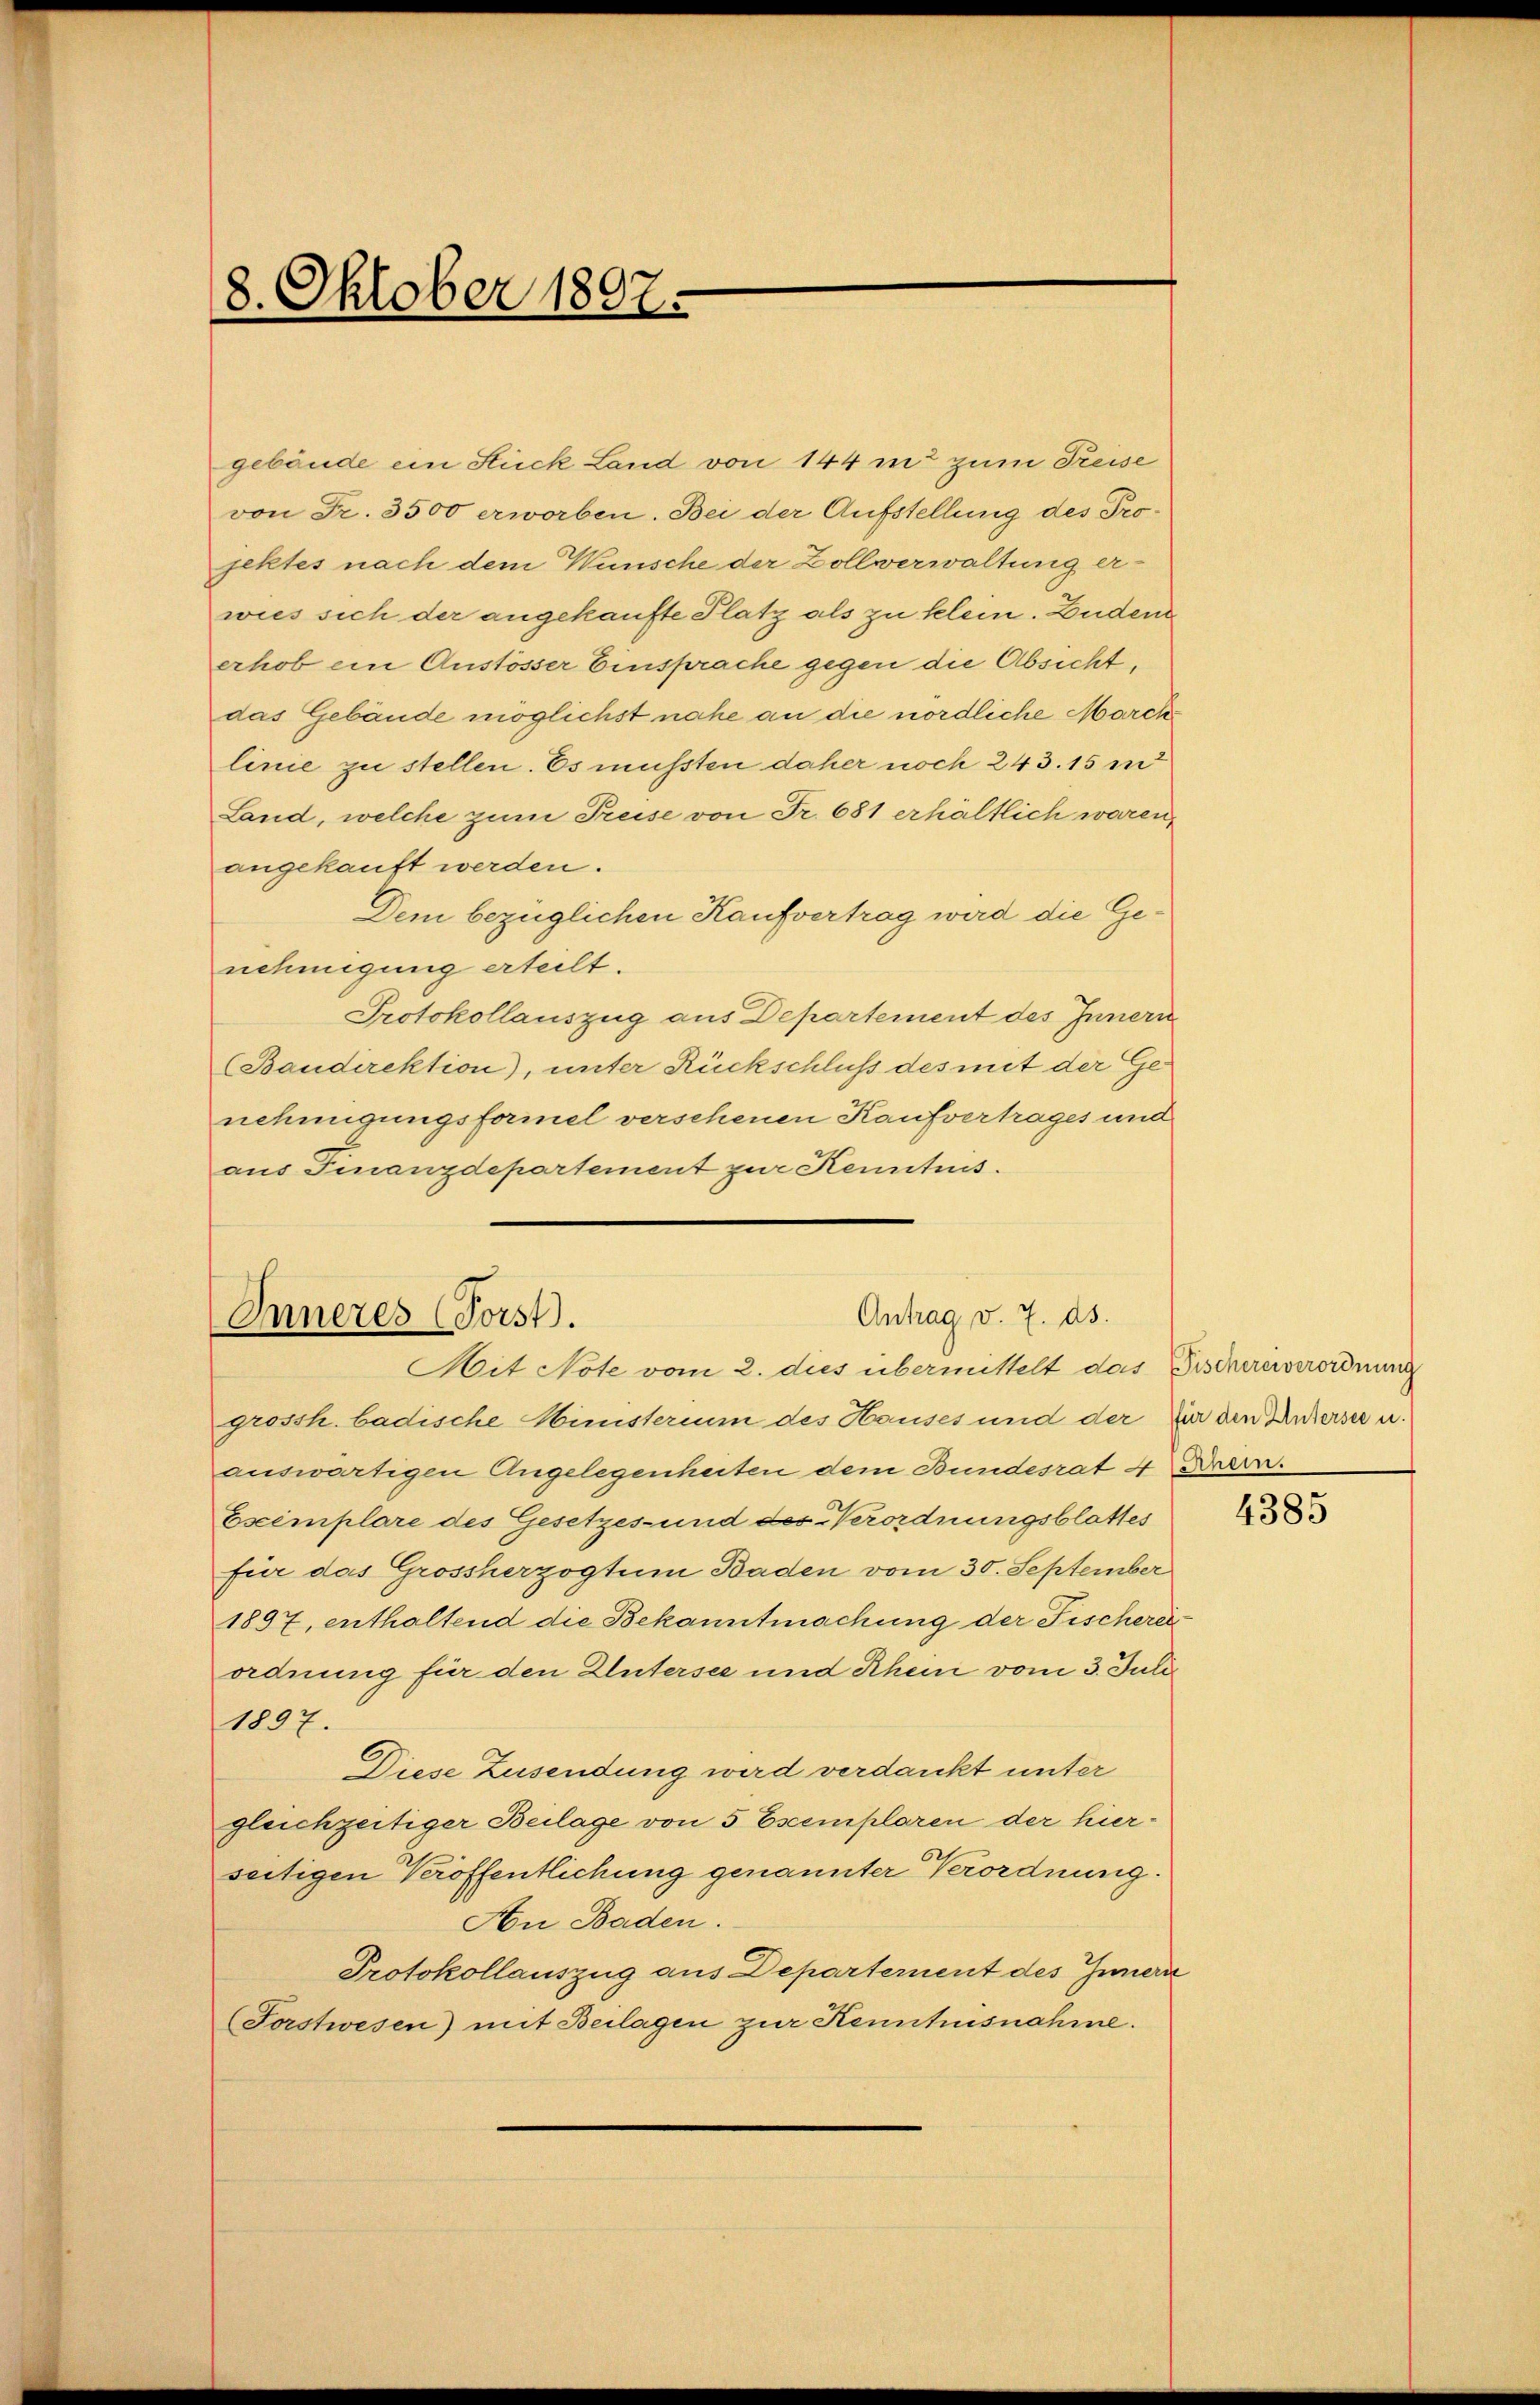
8. Oktober 1807.

gebäude ein Stück Land von 144 in zum Preise
von Fr. 3500 erworben. Bei der Aufstellung des Projektes nach dem Wunsche der Zollverwaltung er-
wies sich der angekaufte Platz als zu klein. Zuden
erhob ein Anstösser Einsprache gegen die Absicht,
das Gebäude möglichst nahe an die nördliche Marchlinie zu stellen. Es mussten daher noch 243. 15 m
Land, welche zum Preise von Fr. 681 erhältlich waren,
angekauft werden.
Dem bezüglichen Kaufvertrag wird die Genehmigung erteilt.
Protokollauszug aus Departement des Innern
(Baudirektion), unter Rückschluss des mit der Genehmigungsformel versehenen Kaufvertrages und
aus Finanzdepartement zur Kenntnis.

Antrag v. 7. ds.
Inneres (Forst.
Mit Note vom 2. dies übermittelt das Bischeresverordnung

grossh. badische Ministerium des Hauses und der für den Untersee u.
auswärtigen Angelegenheiten dem Bundesrat 4 Krem.
Escemplare des Gesetzes- und des Verordnungsblattes
für das Grossherzogtum Baden vom 30. September
1897, enthaltend die Bekanntmachung der Fischereiordnung für den Untersee und Rheu vom 3. Juli
1897.
Diese Zusendung wird verdankt unter
gleichzeitiger Beilage von 5 Escemplaren der hierseitigen Veröffentlichung genannter Verordnung.
An Baden.
Protokollauszug aus Departernent des Innern
(Forstwesen) mit Beilagen zur Kenntnisnahme.

4385